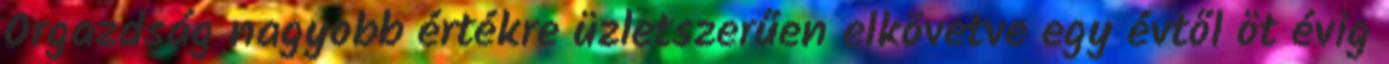
Orgazdság nagyobb értékre üzletszerűen elkövetve egy évtől öt évig